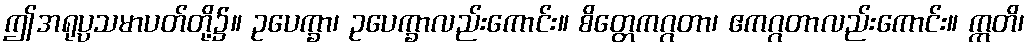
ဤအရုပ္ပသမာပတ်တို့၌။ ဥပေက္ခာ၊ ဥပေက္ခာလည်းကောင်း။ စိတ္တေကဂ္ဂတာ၊ ဧကဂ္ဂတာလည်းကောင်း။ ဣတိ၊